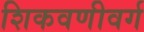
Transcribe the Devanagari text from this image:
शिकवणीवर्ग